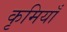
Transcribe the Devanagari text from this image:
कृमियाँ